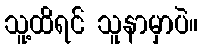
သူ့ထိရင် သူနာမှာပဲ။